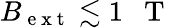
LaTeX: B_{\mathrm{~e~x~t~}}\lesssim 1\mathrm{~~~T~}